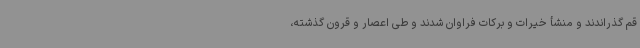
قم گذراندند و منشأ خیرات و برکات فراوان شدند و طی اعصار و قرون گذشته،